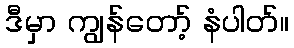
ဒီမှာ ကျွန်တော့် နံပါတ်။